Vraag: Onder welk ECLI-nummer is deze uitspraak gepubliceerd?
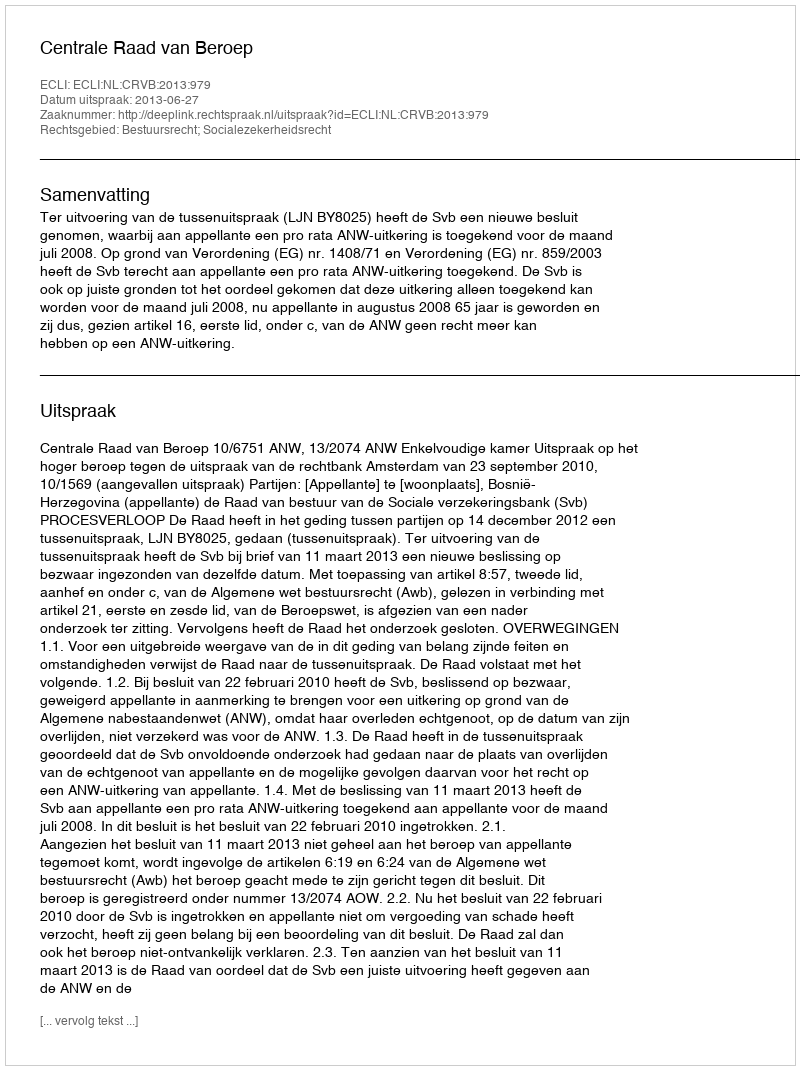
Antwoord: ECLI:NL:CRVB:2013:979